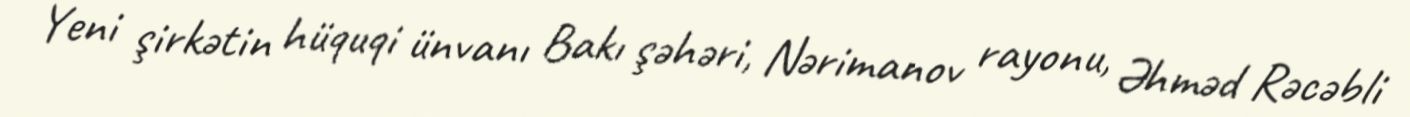
Yeni şirkətin hüquqi ünvanı Bakı şəhəri, Nərimanov rayonu, Əhməd Rəcəbli